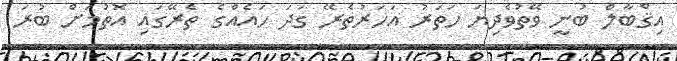
އިޤްބާލް ބުނީ ވޭތުވެދިޔަ ހަތަރު އަހަރުތެރޭ ގަދަ ހައެއްގެ ތެރޭގައި އޮތުމަށް ބުރަ